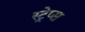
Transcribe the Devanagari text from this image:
स्ट्रेप्स